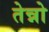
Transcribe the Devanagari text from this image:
तेन्नो